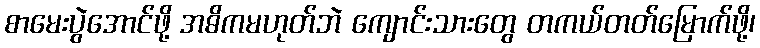
စာမေးပွဲအောင်ဖို့ အဓိကမဟုတ်ဘဲ ကျောင်းသားတွေ တကယ်တတ်မြောက်ဖို့၊